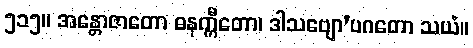
၅၁၅။ အန္တောဇာတော ဓနက္ကီတော၊ ဒါသဗျော’ပဂတော သယံ။